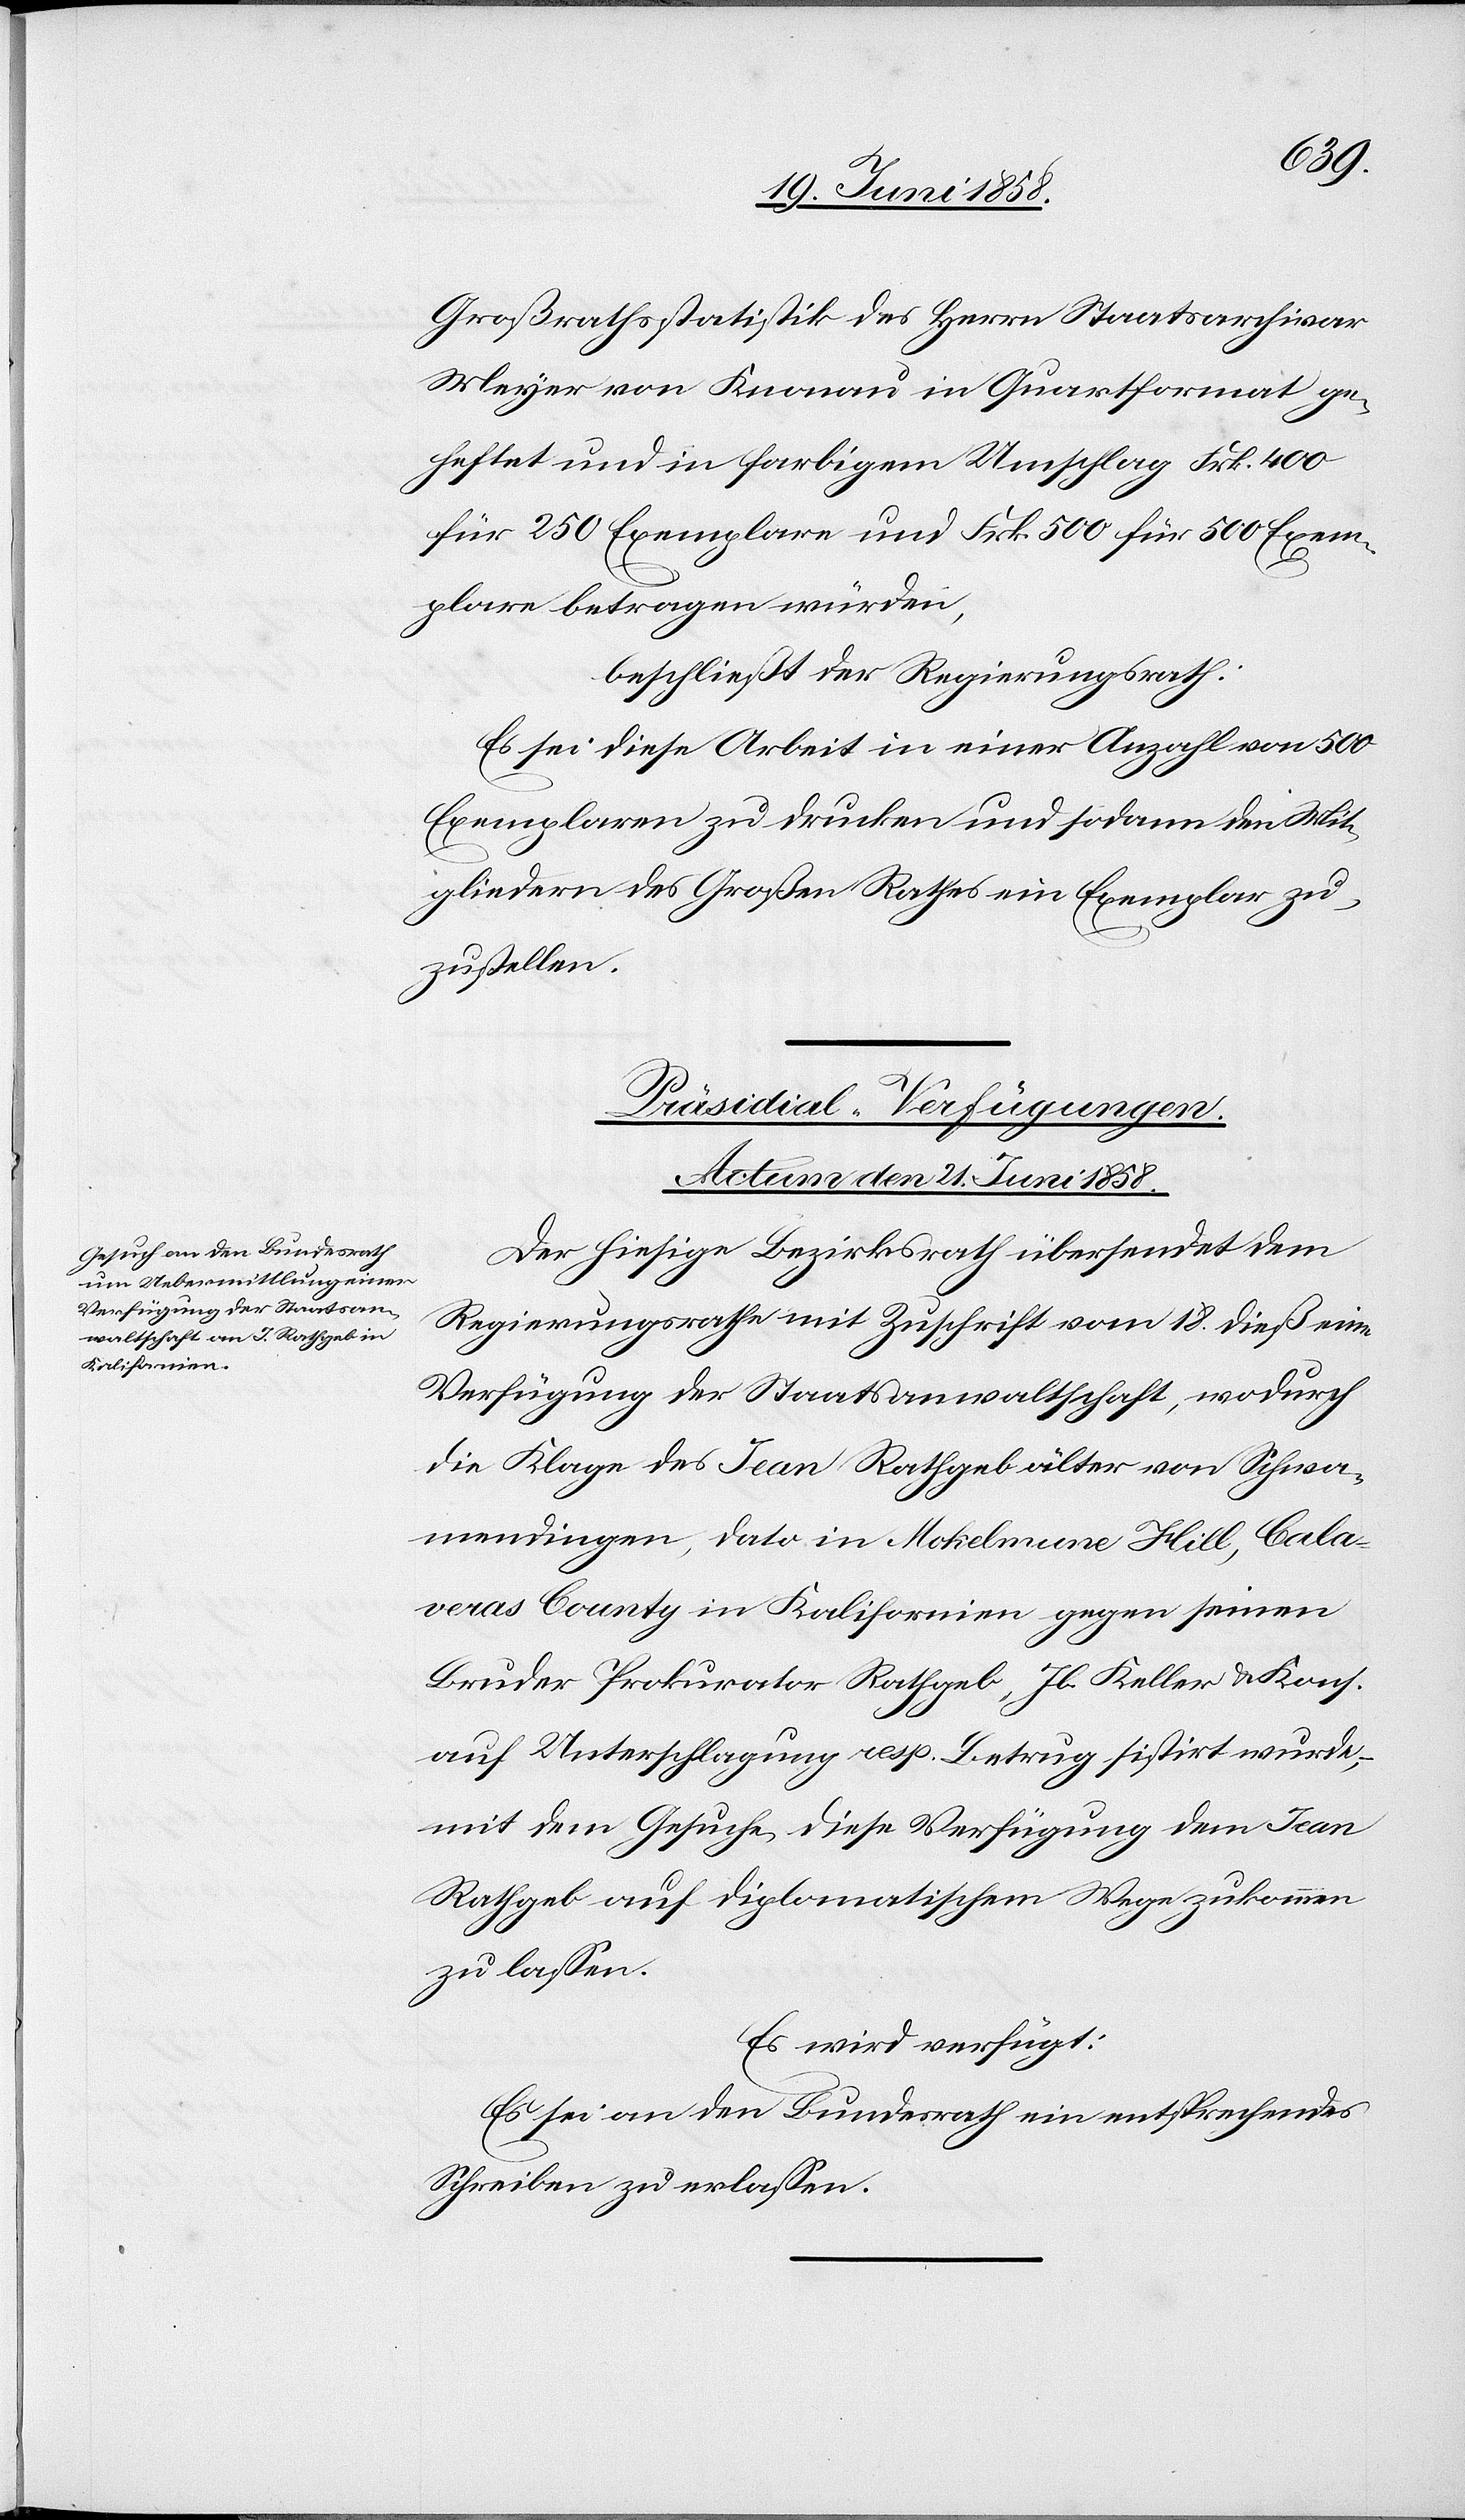
Cala¬
Großrathsstatistik des Herrn Staatsarchivar
Meyer von Knonau in Quartformat ge¬
heftet und in farbigem Umschlag Frk. 400
für 250 Exemplare und Frk. 500 für 500 Exem¬
plare betragen würden,
beschließt der Regierungsrath:
Es sei diese Arbeit in einer Anzahl von 500
Exemplaren zu drucken und sodann den Mit¬
gliedern des Großen Rathes ein Exemplar zu¬
zustellen.
Präsidial-Verfügungen.
Actum den 21. Juni 1858.
Der hiesige Bezirksrath übersendet dem
Regierungsrathe mit Zuschrift vom 18. dieß eine
Verfügung der Staatsanwaltschaft, wodurch
die Klage des Jean Rathgeb älter von Schwa¬
mendingen, dato in Mokelmune [recte: Mokelumne]
veras County in Kalifornien gegen seinen
Bruder Prokurator Rathgeb, Jb. Keller & Kons.
auf Unterschlagung resp. Betrug sistirt wurde,
mit dem Gesuche, diese Verfügung dem Jean
Rathgeb auf diplomatischem Wege zukommen
zu lassen.
Es wird verfügt:
Es sei an den Bundesrath ein entsprechendes
Schreiben zu erlassen.